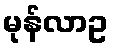
မုန်လာဥ